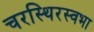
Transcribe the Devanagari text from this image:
चरस्थिरस्वभा